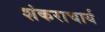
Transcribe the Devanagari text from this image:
शंकराचार्य